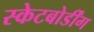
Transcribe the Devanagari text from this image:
स्केटबोर्डींग